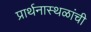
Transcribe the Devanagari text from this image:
प्रार्थनास्थळांची